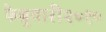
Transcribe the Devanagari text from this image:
फेब्रुवारी२०१०